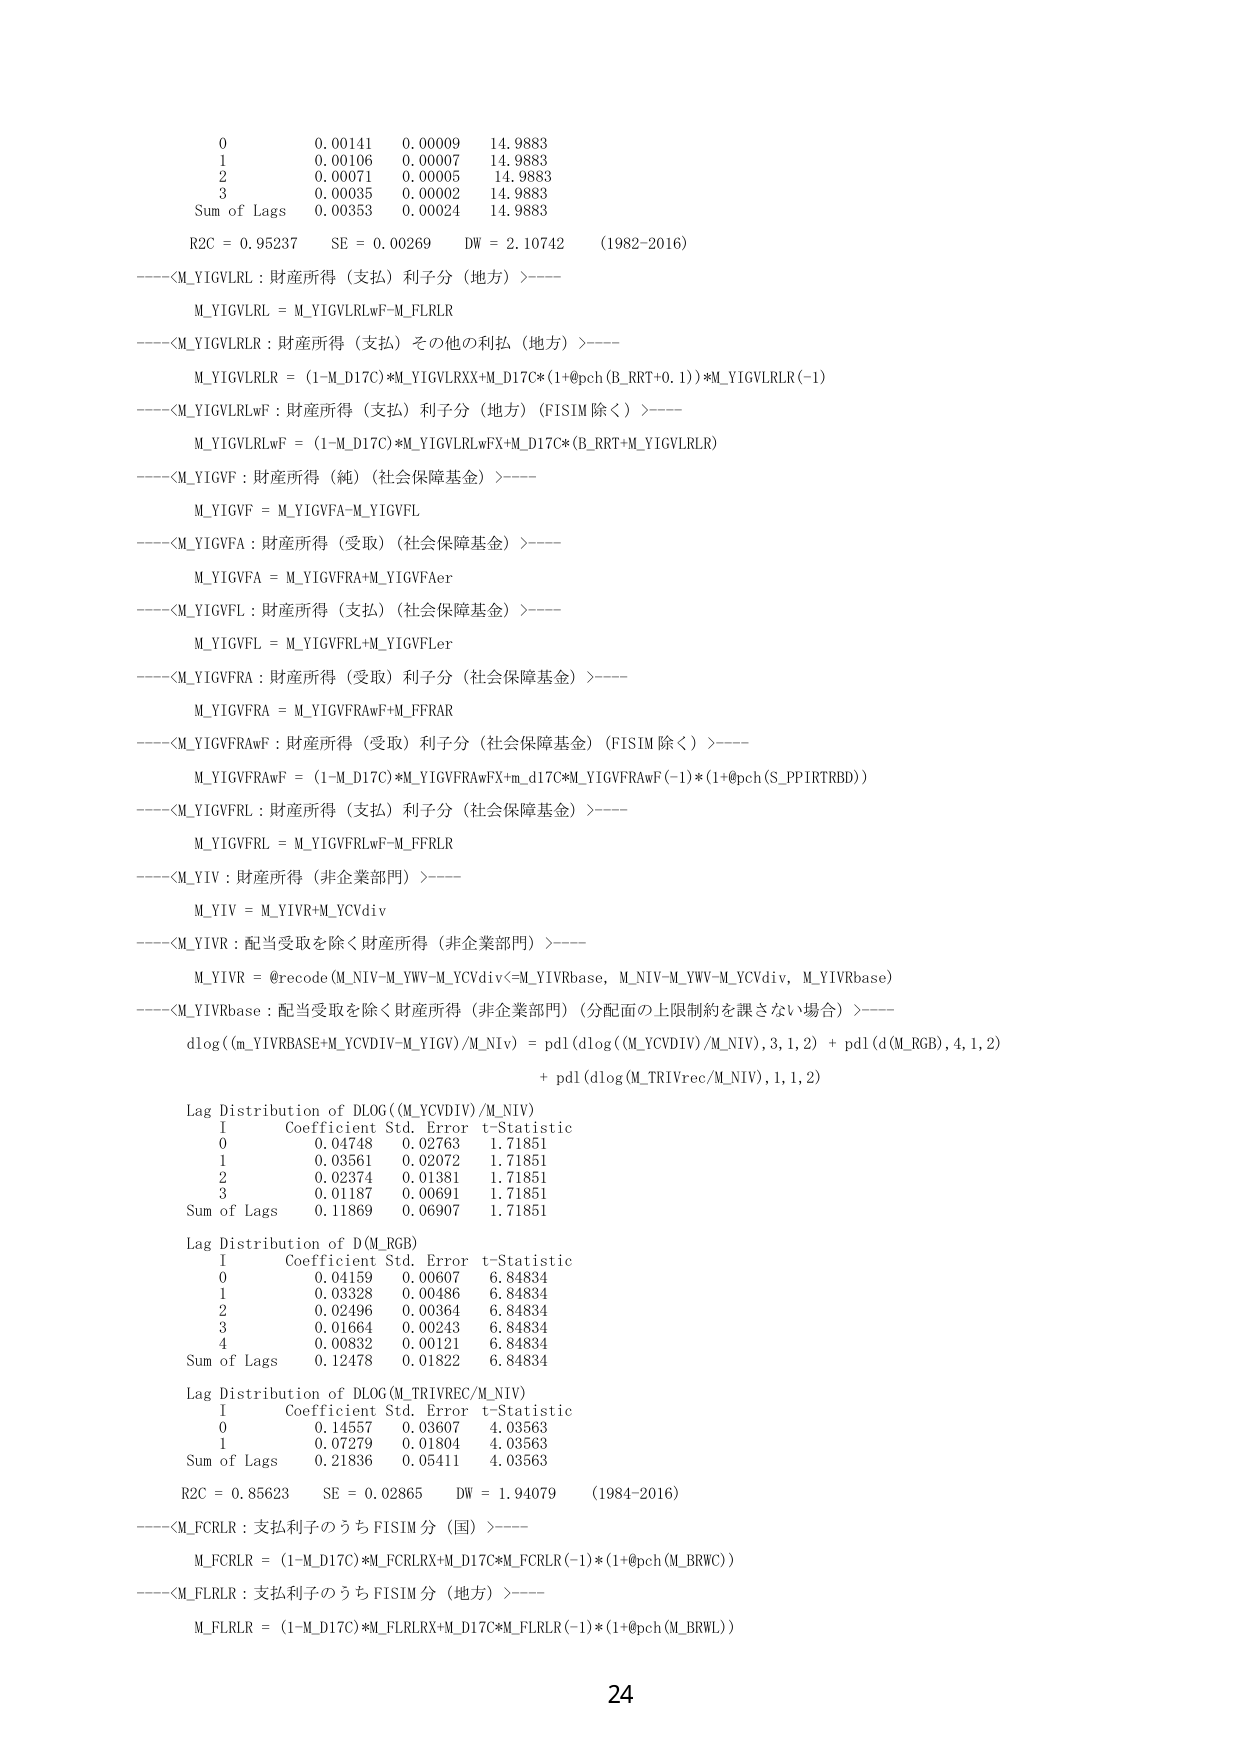
0       0.00141   0.00009   14.9883
1       0.00106   0.00007   14.9883
2       0.00071   0.00005   14.9883
3       0.00035   0.00002   14.9883
Sum of Lags   0.00353   0.00024   14.9883

R2C = 0.95237     SE = 0.00269     DW = 2.10742     (1982-2016)

----<M_YIGVLRL : 財産所得（支払）利子分（地方）>----
M_YIGVLRL = M_YIGVLRLwF-M_FLRLR

----<M_YIGVLRLLR : 財産所得（支払）その他の利払（地方）>----
M_YIGVLRLLR = (1-M_D17C)*M_YIGVLRXX+M_D17C*(1+@pch(B_RRT+0.1))*M_YIGVLRLLR(-1)

----<M_YIGVLRLwF : 財産所得（支払）利子分（地方）(FISIM除く)>----
M_YIGVLRLwF = (1-M_D17C)*M_YIGVLRLwFX+M_D17C*(B_RRT+M_YIGVLRLR)

----<M_YIGVF : 財産所得（純）（社会保障基金）>----
M_YIGVF = M_YIGVFA-M_YIGVFL

----<M_YIGVFA : 財産所得（受取）（社会保障基金）>----
M_YIGVFA = M_YIGVFRA+M_YIGVFAer

----<M_YIGVFL : 財産所得（支払）（社会保障基金）>----
M_YIGVFL = M_YIGVFRL+M_YIGVFLer

----<M_YIGVFRA : 財産所得（受取）利子分（社会保障基金）>----
M_YIGVFRA = M_YIGVFRAwF+M_FFRAR

----<M_YIGVFRAwF : 財産所得（受取）利子分（社会保障基金）(FISIM除く)>----
M_YIGVFRAwF = (1-M_D17C)*M_YIGVFRAwFX+m_d17C*M_YIGVFRAwF(-1)*(1+@pch(S_PP1RTRBD))

----<M_YIGVFRL : 財産所得（支払）利子分（社会保障基金）>----
M_YIGVFRL = M_YIGVFRLwF-M_FFRLR

----<M_YIV : 財産所得（非企業部門）>----
M_YIV = M_YIVR+M_YCVdiv

----<M_YIVR : 配当受取を除く財産所得（非企業部門）>----
M_YIVR = @recode(M_NIV-M_YW-M_YCVdiv<=M_YIVRbase, M_NIV-M_YW-M_YCVdiv, M_YIVRbase)

----<M_YIVRbase : 配当受取を除く財産所得（非企業部門）（分配面の上限制約を課さない場合）>----
dlog((m_YIVRBASE+M_YCVDIV-M_YIGV)/M_NIV) = pdl(dlog((M_YCVDIV)/M_NIV), 3, 1, 2) + pdl(d(M_RGB), 4, 1, 2)
+ pdl(dlog(M_TRIVrec/M_NIV), 1, 1, 2)

Lag Distribution of DLOG((M_YCVDIV)/M_NIV)
I       Coefficient   Std. Error    t-Statistic
0       0.04748       0.02763       1.71851
1       0.03561       0.02072       1.71851
2       0.02374       0.01381       1.71851
3       0.01187       0.00691       1.71851
Sum of Lags   0.11869       0.06907       1.71851

Lag Distribution of D(M_RGB)
I       Coefficient   Std. Error    t-Statistic
0       0.04159       0.00607       6.84834
1       0.03328       0.00486       6.84834
2       0.02496       0.00364       6.84834
3       0.01664       0.00243       6.84834
4       0.00832       0.00121       6.84834
Sum of Lags   0.12478       0.01822       6.84834

Lag Distribution of DLOG(M_TRIVREC/M_NIV)
I       Coefficient   Std. Error    t-Statistic
0       0.14557       0.03607       4.03563
1       0.07279       0.01804       4.03563
Sum of Lags   0.21836       0.05411       4.03563

R2C = 0.85623     SE = 0.02865     DW = 1.94079     (1984-2016)

----<M_FCRLR : 支払利子のうち FISIM分（国）>----
M_FCRLR = (1-M_D17C)*M_FCRLRX+M_D17C*M_FCRLR(-1)*(1+@pch(M_BRWC))

----<M_FLRLR : 支払利子のうち FISIM分（地方）>----
M_FLRLR = (1-M_D17C)*M_FLRLRX+M_D17C*M_FLRLR(-1)*(1+@pch(M_BRWL))

24